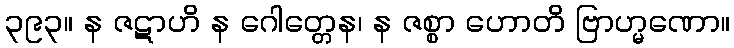
၃၉၃။ န ဇဋာဟိ န ဂေါတ္တေန၊ န ဇစ္စာ ဟောတိ ဗြာဟ္မဏော။